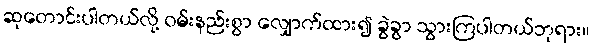
ဆုတောင်းပါတယ်လို့ ဝမ်းနည်းစွာ လျှောက်ထား၍ ခွဲခွာ သွားကြပါတယ်ဘုရား။